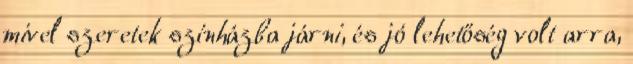
mivel szeretek színházba járni, és jó lehetőség volt arra,